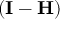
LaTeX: ( \mathbf { I } - \mathbf { H } )